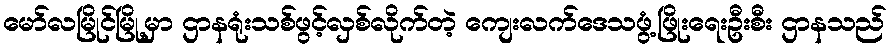
မော်လမြိုင်မြို့မှာ ဌာနရုံးသစ်ဖွင့်လှစ်လိုက်တဲ့ ကျေးလက်ဒေသဖွံ့ဖြိုးရေးဦးစီး ဌာနသည်